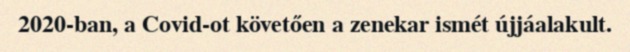
2020-ban, a Covid-ot követően a zenekar ismét újjáalakult.